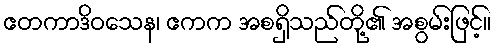
ဧတကာဒိဝသေန၊ ဧကက အစရှိသည်တို့၏ အစွမ်းဖြင့်။